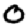
Digit: 0